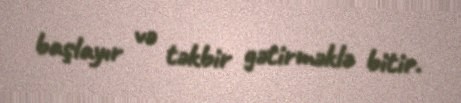
başlayır və təkbir gətirməklə bitir.